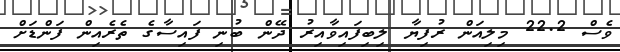
ވެސް 22.2 މިލިއަން ރުފިޔާ ލިބިފައިވާއިރު ދޭން ބުނި ފައިސާގެ ތެރެއިން ފަންޑަށް